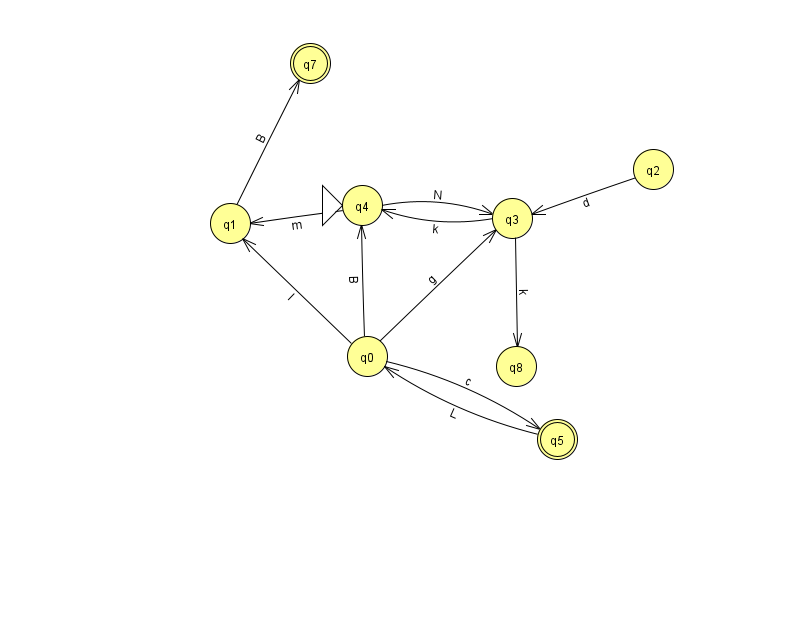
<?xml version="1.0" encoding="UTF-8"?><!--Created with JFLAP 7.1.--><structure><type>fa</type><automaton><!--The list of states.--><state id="0" name="q0"><x>367.0</x><y>343.0</y></state><state id="1" name="q1"><x>230.0</x><y>210.0</y></state><state id="2" name="q2"><x>653.0</x><y>156.0</y></state><state id="3" name="q3"><x>512.0</x><y>205.0</y></state><state id="4" name="q4"><x>362.0</x><y>192.0</y><initial/></state><state id="5" name="q5"><x>557.0</x><y>426.0</y><final/></state><state id="7" name="q7"><x>310.0</x><y>50.0</y><final/></state><state id="8" name="q8"><x>516.0</x><y>353.0</y></state><!--The list of transitions.--><transition><from>1</from><to>7</to><read>B</read></transition><transition><from>4</from><to>1</to><read>m</read></transition><transition><from>0</from><to>5</to><read>c</read></transition><transition><from>3</from><to>8</to><read>k</read></transition><transition><from>0</from><to>1</to><read>I</read></transition><transition><from>0</from><to>4</to><read>B</read></transition><transition><from>0</from><to>3</to><read>g</read></transition><transition><from>4</from><to>3</to><read>N</read></transition><transition><from>2</from><to>3</to><read>d</read></transition><transition><from>3</from><to>4</to><read>k</read></transition><transition><from>5</from><to>0</to><read>L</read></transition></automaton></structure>